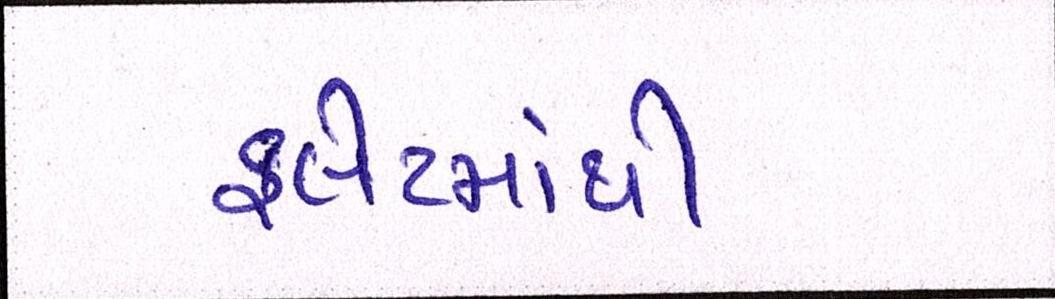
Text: ફલેટમાંથી